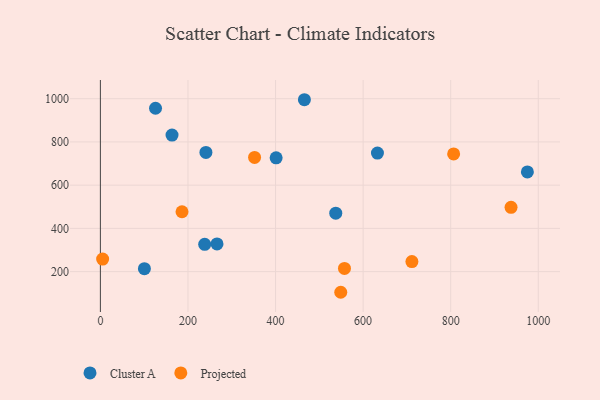
{"axis": {"x": "Speed", "y": "Fuel Efficiency"}, "legend": ["Cluster A", "Projected"], "data": [{"x": "537.5", "y": 470.5, "type": "Cluster A"}, {"x": "125.9", "y": 955.7, "type": "Cluster A"}, {"x": "100.5", "y": 213.8, "type": "Cluster A"}, {"x": "241.0", "y": 751.2, "type": "Cluster A"}, {"x": "632.7", "y": 748.6, "type": "Cluster A"}, {"x": "266.3", "y": 328.3, "type": "Cluster A"}, {"x": "975.1", "y": 661.4, "type": "Cluster A"}, {"x": "465.9", "y": 995.2, "type": "Cluster A"}, {"x": "238.2", "y": 326.1, "type": "Cluster A"}, {"x": "163.6", "y": 831.8, "type": "Cluster A"}, {"x": "401.3", "y": 726.3, "type": "Cluster A"}, {"x": "5.1", "y": 258.0, "type": "Projected"}, {"x": "711.4", "y": 246.7, "type": "Projected"}, {"x": "557.4", "y": 215.0, "type": "Projected"}, {"x": "548.9", "y": 104.5, "type": "Projected"}, {"x": "806.7", "y": 744.7, "type": "Projected"}, {"x": "937.8", "y": 497.6, "type": "Projected"}, {"x": "352.1", "y": 728.4, "type": "Projected"}, {"x": "186.4", "y": 476.9, "type": "Projected"}]}